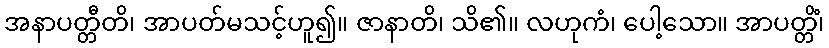
အနာပတ္တီတိ၊ အာပတ်မသင့်ဟူ၍။ ဇာနာတိ၊ သိ၏။ လဟုကံ၊ ပေါ့သော။ အာပတ္တိံ၊